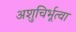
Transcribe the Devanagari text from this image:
अशुचिर्भूत्वा